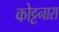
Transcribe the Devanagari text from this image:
कोट्टनारा